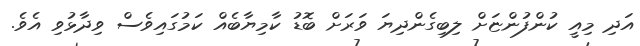
އަދި މިއީ ކުންފުންޏަށް ލިބިގެންދިޔަ ވަރަށް ބޮޑު ކާމިޔާބެއް ކަމުގައިވެސް ވިދާޅުވި އެވެ.